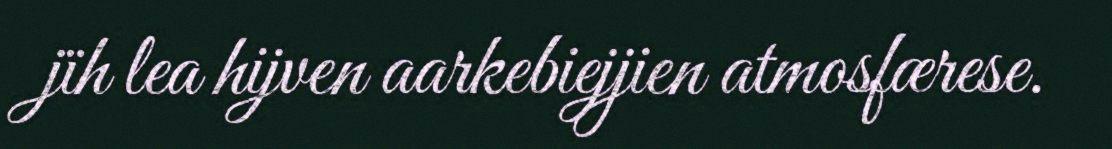
jïh lea hijven aarkebiejjien atmosfærese.